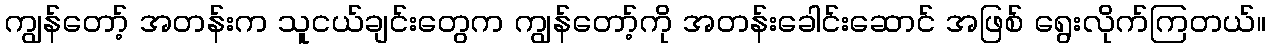
ကျွန်တော့် အတန်းက သူငယ်ချင်းတွေက ကျွန်တော့်ကို အတန်းခေါင်းဆောင် အဖြစ် ရွေးလိုက်ကြတယ်။